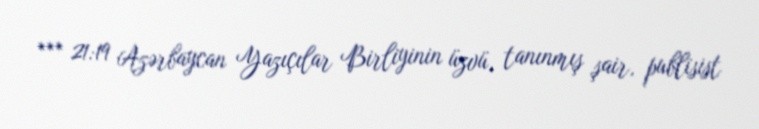
*** 21:19 Azərbaycan Yazıçılar Birliyinin üzvü, tanınmış şair, publisist